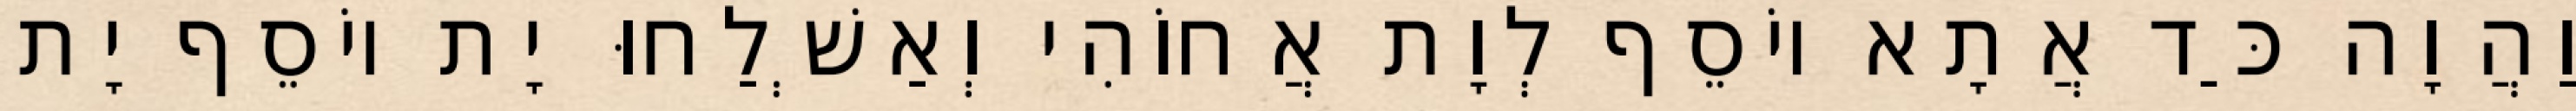
וַהֲוָה כַּד אֲתָא יוֹסֵף לְוָת אֲחוֹהִי וְאַשְׁלַחוּ יָת יוֹסֵף יָת